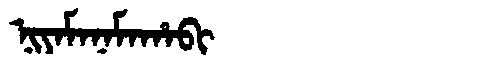
Manchu: ᠨᡳᠶᠠᠮᠠᠨᠠᠮᠠᡥᠠᠪᡳ
Romanization: NIYAMANAMAHABI